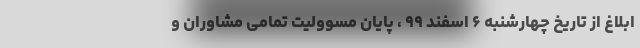
ابلاغ از تاریخ چهارشنبه ۶ اسفند ۹۹ ، پایان مسوولیت تمامی مشاوران و